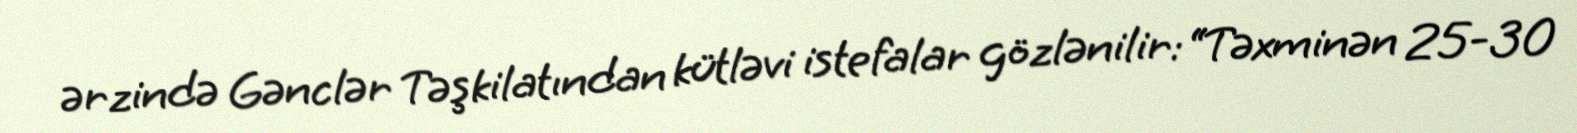
ərzində Gənclər Təşkilatından kütləvi istefalar gözlənilir: “Təxminən 25-30